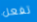
تفعل